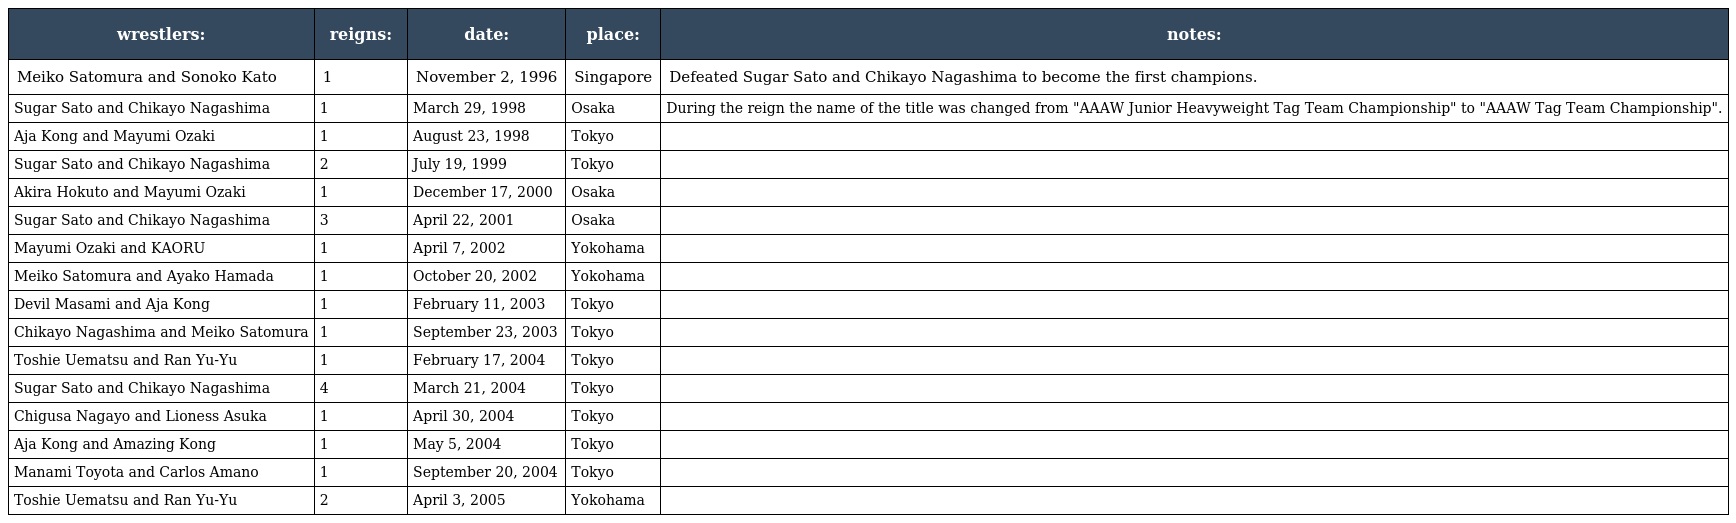
| wrestlers: | reigns: | date: | place: | notes: |
 | --- | --- | --- | --- | --- |
 | Meiko Satomura and Sonoko Kato | 1 | November 2, 1996 | Singapore | Defeated Sugar Sato and Chikayo Nagashima to become the first champions. |
 | Sugar Sato and Chikayo Nagashima | 1 | March 29, 1998 | Osaka | During the reign the name of the title was changed from "AAAW Junior Heavyweight Tag Team Championship" to "AAAW Tag Team Championship". |
 | Aja Kong and Mayumi Ozaki | 1 | August 23, 1998 | Tokyo |  |
 | Sugar Sato and Chikayo Nagashima | 2 | July 19, 1999 | Tokyo |  |
 | Akira Hokuto and Mayumi Ozaki | 1 | December 17, 2000 | Osaka |  |
 | Sugar Sato and Chikayo Nagashima | 3 | April 22, 2001 | Osaka |  |
 | Mayumi Ozaki and KAORU | 1 | April 7, 2002 | Yokohama |  |
 | Meiko Satomura and Ayako Hamada | 1 | October 20, 2002 | Yokohama |  |
 | Devil Masami and Aja Kong | 1 | February 11, 2003 | Tokyo |  |
 | Chikayo Nagashima and Meiko Satomura | 1 | September 23, 2003 | Tokyo |  |
 | Toshie Uematsu and Ran Yu-Yu | 1 | February 17, 2004 | Tokyo |  |
 | Sugar Sato and Chikayo Nagashima | 4 | March 21, 2004 | Tokyo |  |
 | Chigusa Nagayo and Lioness Asuka | 1 | April 30, 2004 | Tokyo |  |
 | Aja Kong and Amazing Kong | 1 | May 5, 2004 | Tokyo |  |
 | Manami Toyota and Carlos Amano | 1 | September 20, 2004 | Tokyo |  |
 | Toshie Uematsu and Ran Yu-Yu | 2 | April 3, 2005 | Yokohama |  |